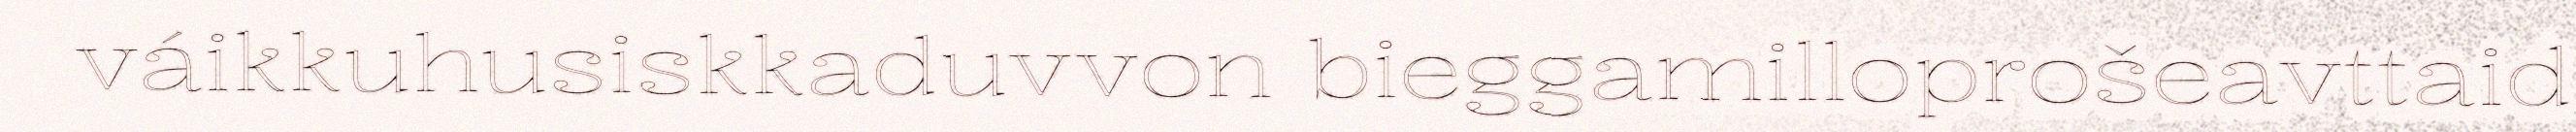
váikkuhusiskkaduvvon bieggamilloprošeavttaid